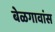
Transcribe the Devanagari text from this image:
बेळगावांस